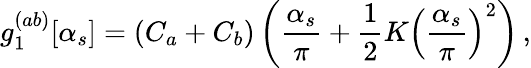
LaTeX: g_{1}^{(ab)}[\alpha_{s}]=(C_{a}+C_{b})\left(\frac{\alpha_{s}}{\pi}+\frac{1}{2}K\left(\frac{\alpha_{s}}{\pi}\right)^{2}\right)\, ,